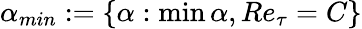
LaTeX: \alpha_{min}:=\{ \alpha:\operatorname*{min}\alpha,Re_{\tau}=C\}